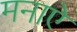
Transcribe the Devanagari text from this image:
मनाऐ